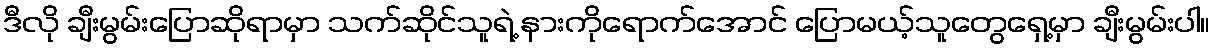
ဒီလို ချီးမွမ်းပြောဆိုရာမှာ သက်ဆိုင်သူရဲ့ နားကိုရောက်အောင် ပြောမယ့်သူတွေရှေ့မှာ ချီးမွမ်းပါ။